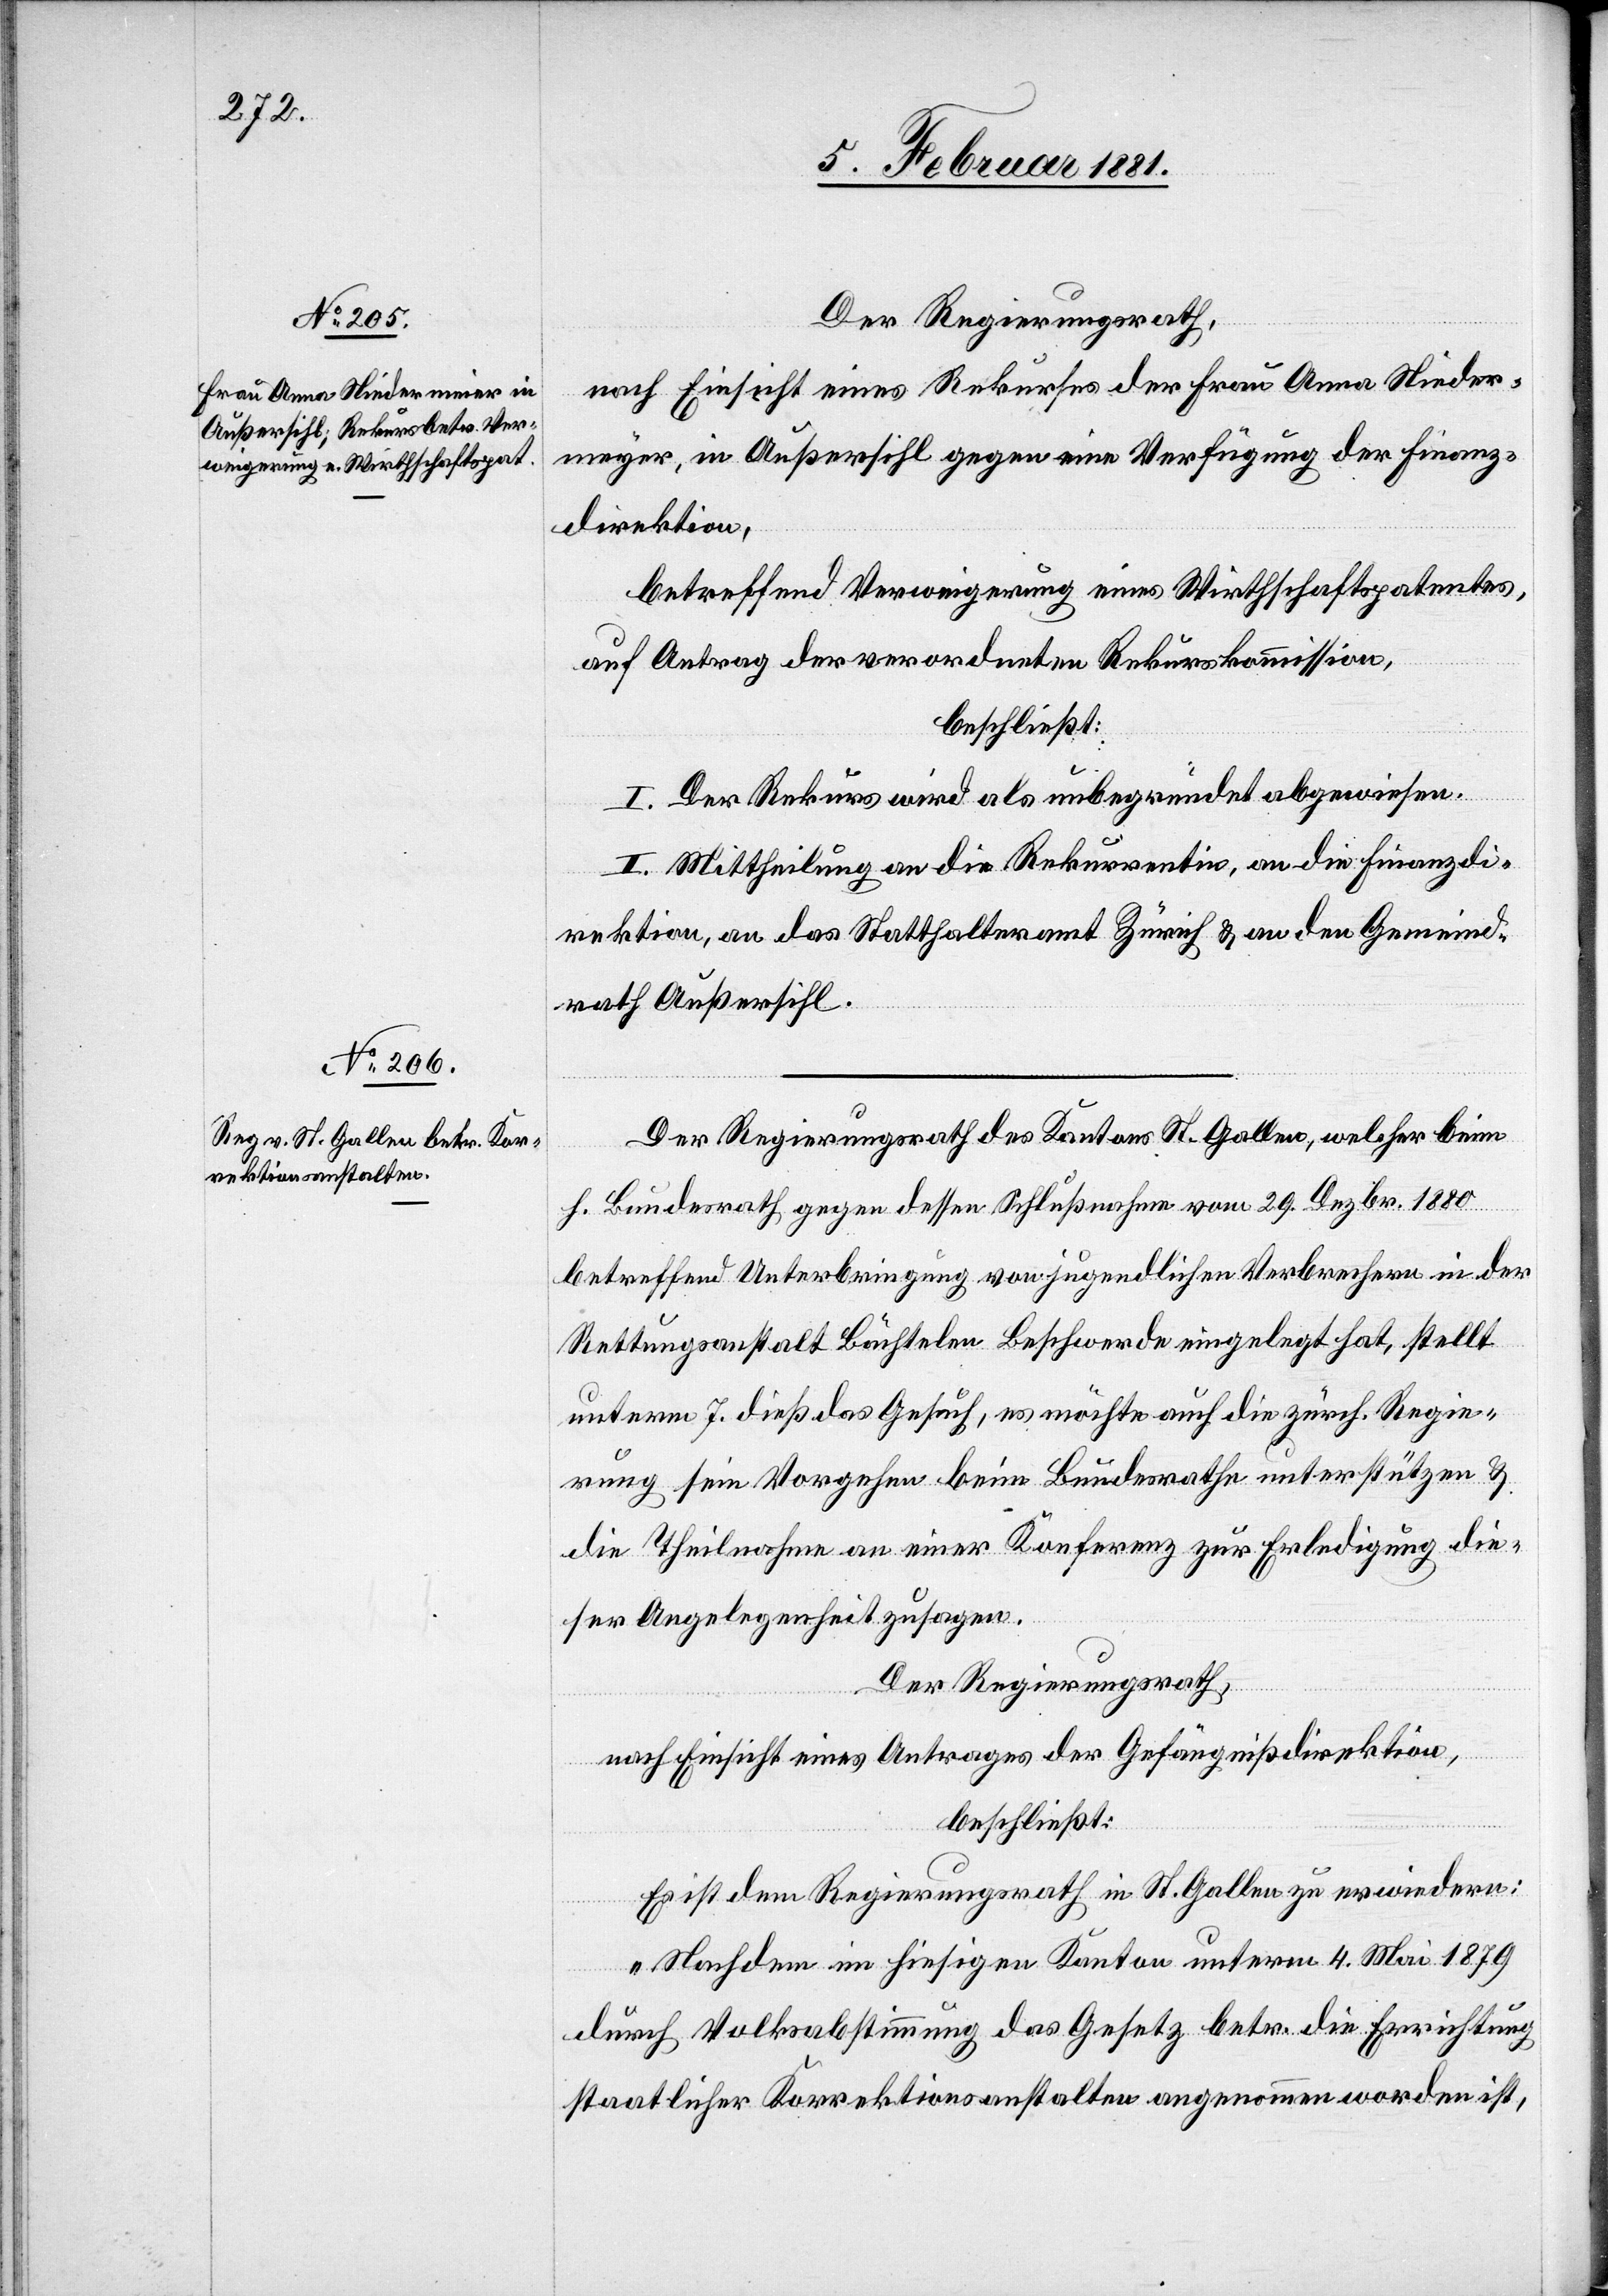
Der Regierungsrath,
nach Einsicht eines Rekurses der Frau Anna Nieder¬
[sic!], in Außersihl gegen eine Verfügung der Finanz¬
direktion,
betreffend Verweigerung eines Wirthschaftspatentes,
auf Antrag der verordneten Rekurskommission,
beschließt:
I. Der Rekurs wird als unbegründet abgewiesen.
II. Mittheilung an die Rekurrentin, an die Finanzdi¬
rektion, an das Statthalteramt Zürich & an den Gemeind¬
rath Außersihl.
Der Regierungsrath des Kantons St. Gallen, welcher beim
h. Bundesrath gegen dessen Schlußnahme vom 29. Dezbr. 1880
betreffend Unterbringung von jugendlichen Verbrechern in der
Rettungsanstalt Bächtelen Beschwerde eingelegt hat, stellt
unterm 7. dieß das Gesuch, es möchte auch die zürch. Regie¬
rung sein Vorgehen beim Bundesrathe unterstützen &
die Theilnahme an einer Konferenz zur Erledigung die¬
ser Angelegenheit zusagen.
Der Regierungsrath,
nach Einsicht eines Antrages der Gefängnißdirektion,
beschließt:
Es ist dem Regierungsrath in St. Gallen zu erwiedern:
yer
„Nachdem im hiesigen Kanton unterm 4. Mai 1879
durch Volksabstimmung das Gesetz betr. die Errichtung
staatlicher Korrektionsanstalten angenommen worden ist,